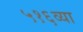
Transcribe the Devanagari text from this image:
५१६व्या